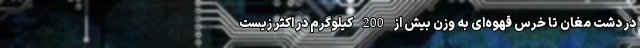
در دشت مغان تا خرس قهوه‌ای به وزن بیش از 200 کیلوگرم در اکثر زیست